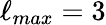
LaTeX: \ell_{max}=3